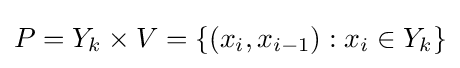
P=Y_{k}\times V=\{(x_{i},x_{i-1}):x_{i}\in Y_{k}\}